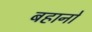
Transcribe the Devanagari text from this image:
बहानो